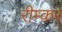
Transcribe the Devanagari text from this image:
रीम्कर